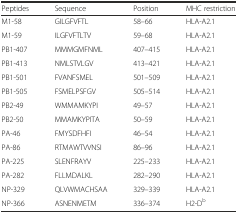
<table><thead><tr><td><b>Peptides</b></td><td><b>Sequence</b></td><td><b>Position</b></td><td><b>MHC restriction</b></td></tr></thead><tbody><tr><td>M1-58</td><td>GILGFVFTL</td><td>58–66</td><td>HLA-A2.1</td></tr><tr><td>M1-59</td><td>ILGFVFTLTV</td><td>59–68</td><td>HLA-A2.1</td></tr><tr><td>PB1-407</td><td>MMMGMFNML</td><td>407–415</td><td>HLA-A2.1</td></tr><tr><td>PB1-413</td><td>NMLSTVLGV</td><td>413–421</td><td>HLA-A2.1</td></tr><tr><td>PB1-501</td><td>FVANFSMEL</td><td>501–509</td><td>HLA-A2.1</td></tr><tr><td>PB1-505</td><td>FSMELPSFGV</td><td>505–514</td><td>HLA-A2.1</td></tr><tr><td>PB2-49</td><td>WMMAMKYPI</td><td>49–57</td><td>HLA-A2.1</td></tr><tr><td>PB2-50</td><td>MMAMKYPITA</td><td>50–59</td><td>HLA-A2.1</td></tr><tr><td>PA-46</td><td>FMYSDFHFI</td><td>46–54</td><td>HLA-A2.1</td></tr><tr><td>PA-86</td><td>RTMAWTVVNSI</td><td>86–96</td><td>HLA-A2.1</td></tr><tr><td>PA-225</td><td>SLENFRAYV</td><td>225–233</td><td>HLA-A2.1</td></tr><tr><td>PA-282</td><td>FLLMDALKL</td><td>282–290</td><td>HLA-A2.1</td></tr><tr><td>NP-329</td><td>QLVWMACHSAA</td><td>329–339</td><td>HLA-A2.1</td></tr><tr><td>NP-366</td><td>ASNENMETM</td><td>336–374</td><td>H2-D<sup>b</sup></td></tr></tbody></table>